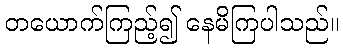
တယောက်ကြည့်၍ နေမိကြပါသည်။